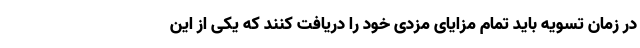
در زمان تسویه باید تمام مزایای مزدی خود را دریافت کنند که یکی از این